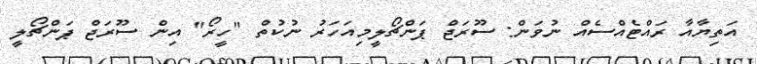
އަތިޔާއާ ރައްޓެއްސެއް ނުވަން: ސޫރަޖް ޕަންޗޯލީމިއަހަރު ނުކުތް "ހީރޯ" އިން ސޫރަޖް ޕަންޗޯލީ